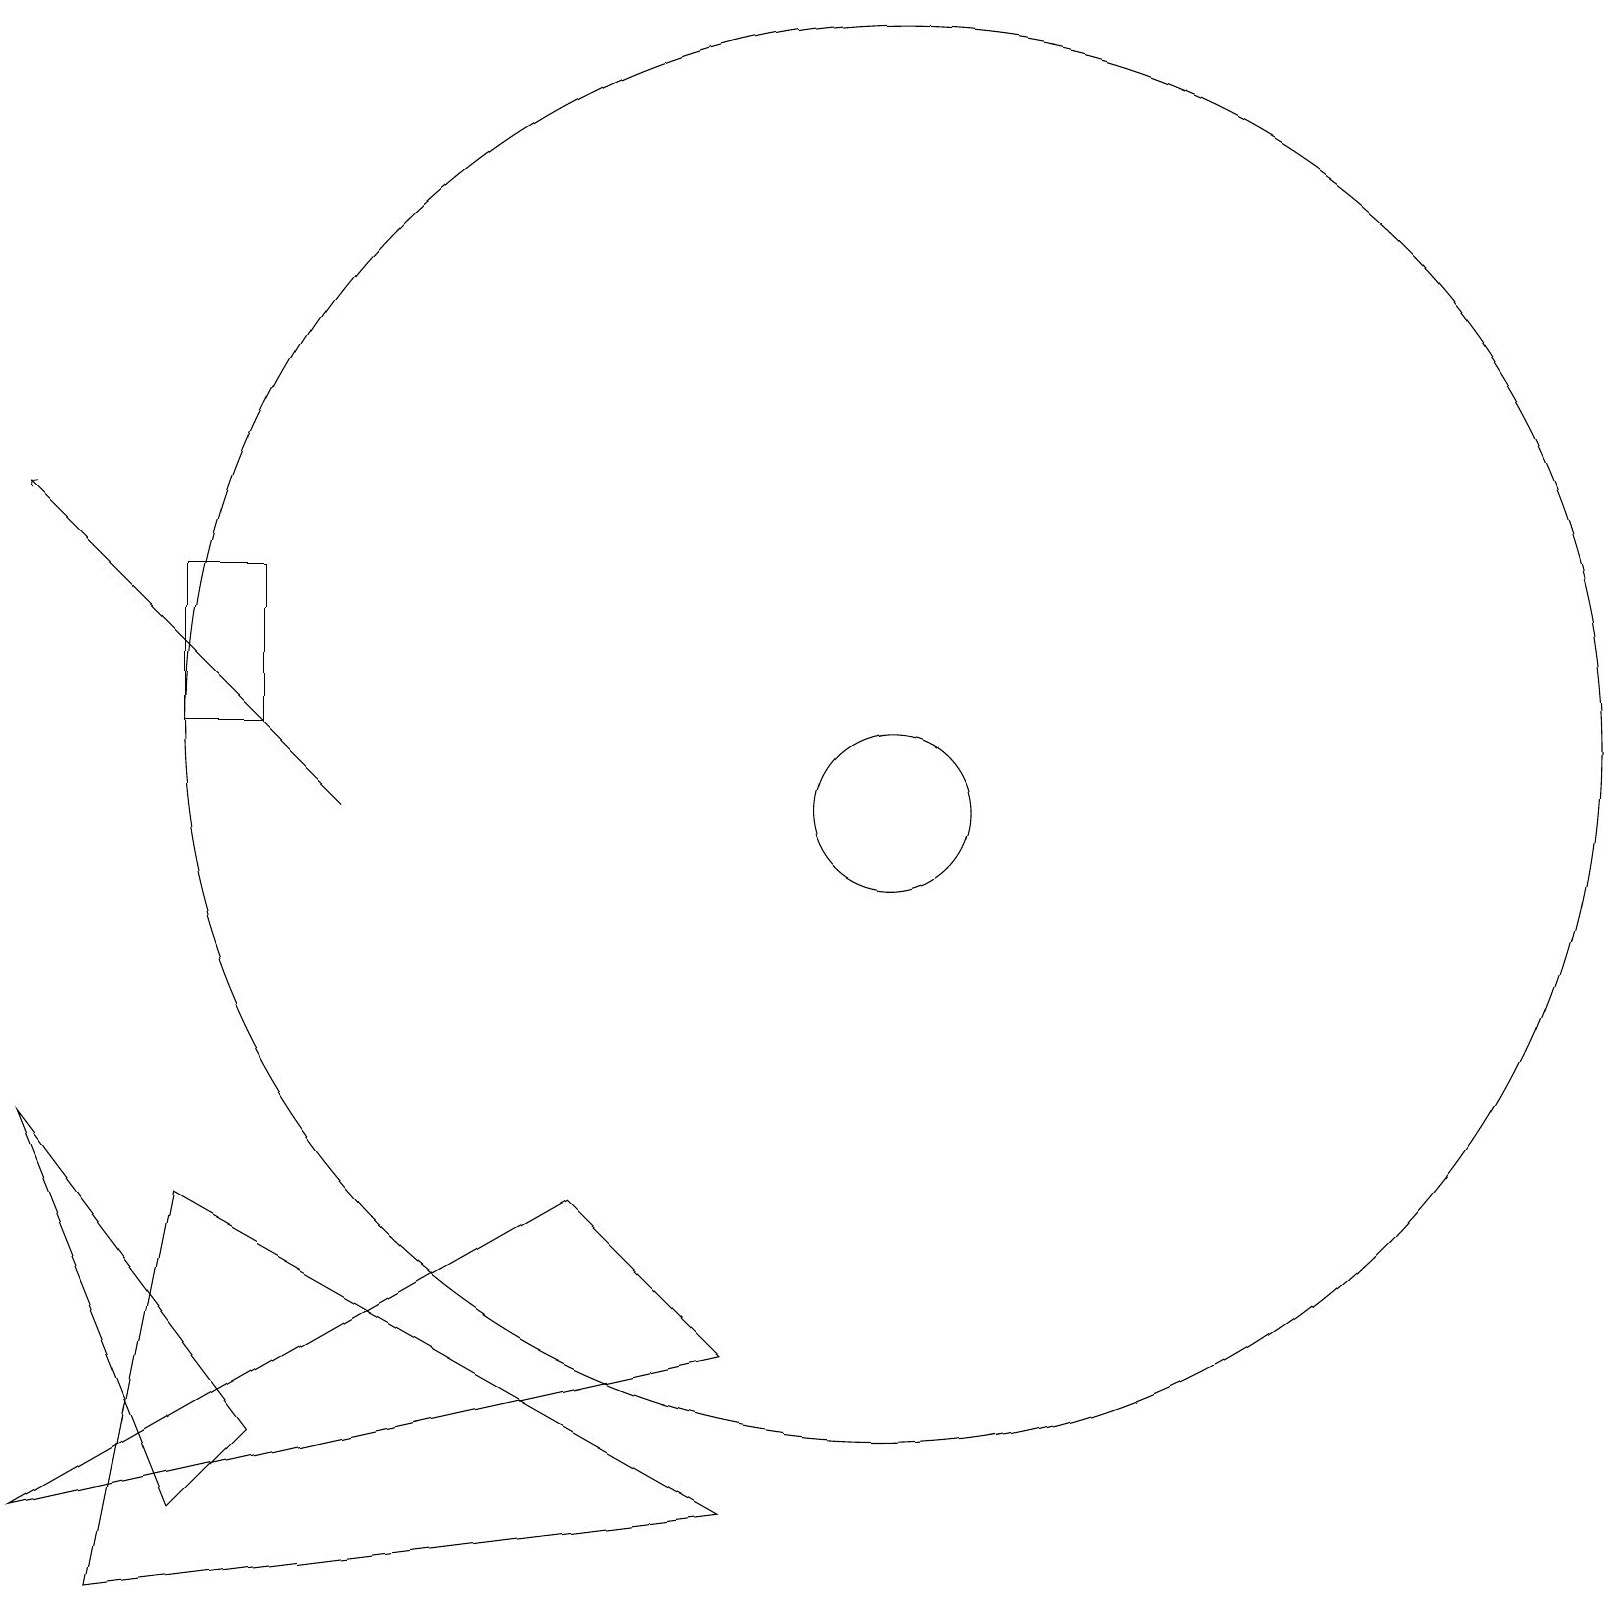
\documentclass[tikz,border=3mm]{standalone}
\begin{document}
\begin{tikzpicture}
\draw (11,10) circle (1);
\draw (2,13) rectangle (3,11);
\draw[->] (4,10) -- (0,14);
\draw (9,1) -- (2,5) -- (1,0) -- cycle;
\draw (7,5) -- (9,3) -- (0,1) -- cycle;
\draw (11,11) circle (9);
\draw (2,1) -- (3,2) -- (0,6) -- cycle;
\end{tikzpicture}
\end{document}